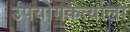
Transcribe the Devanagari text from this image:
उपयोगकर्त्याला